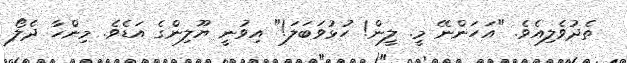
ތެދުވެލިއެވެ. "އަހަންނޭ މީ. ލީން! ހުޅުވަބަލަ!" އިވުނީ ޔޫލިންގެ އަޑެވެ. މިންހާ ދެލޯ